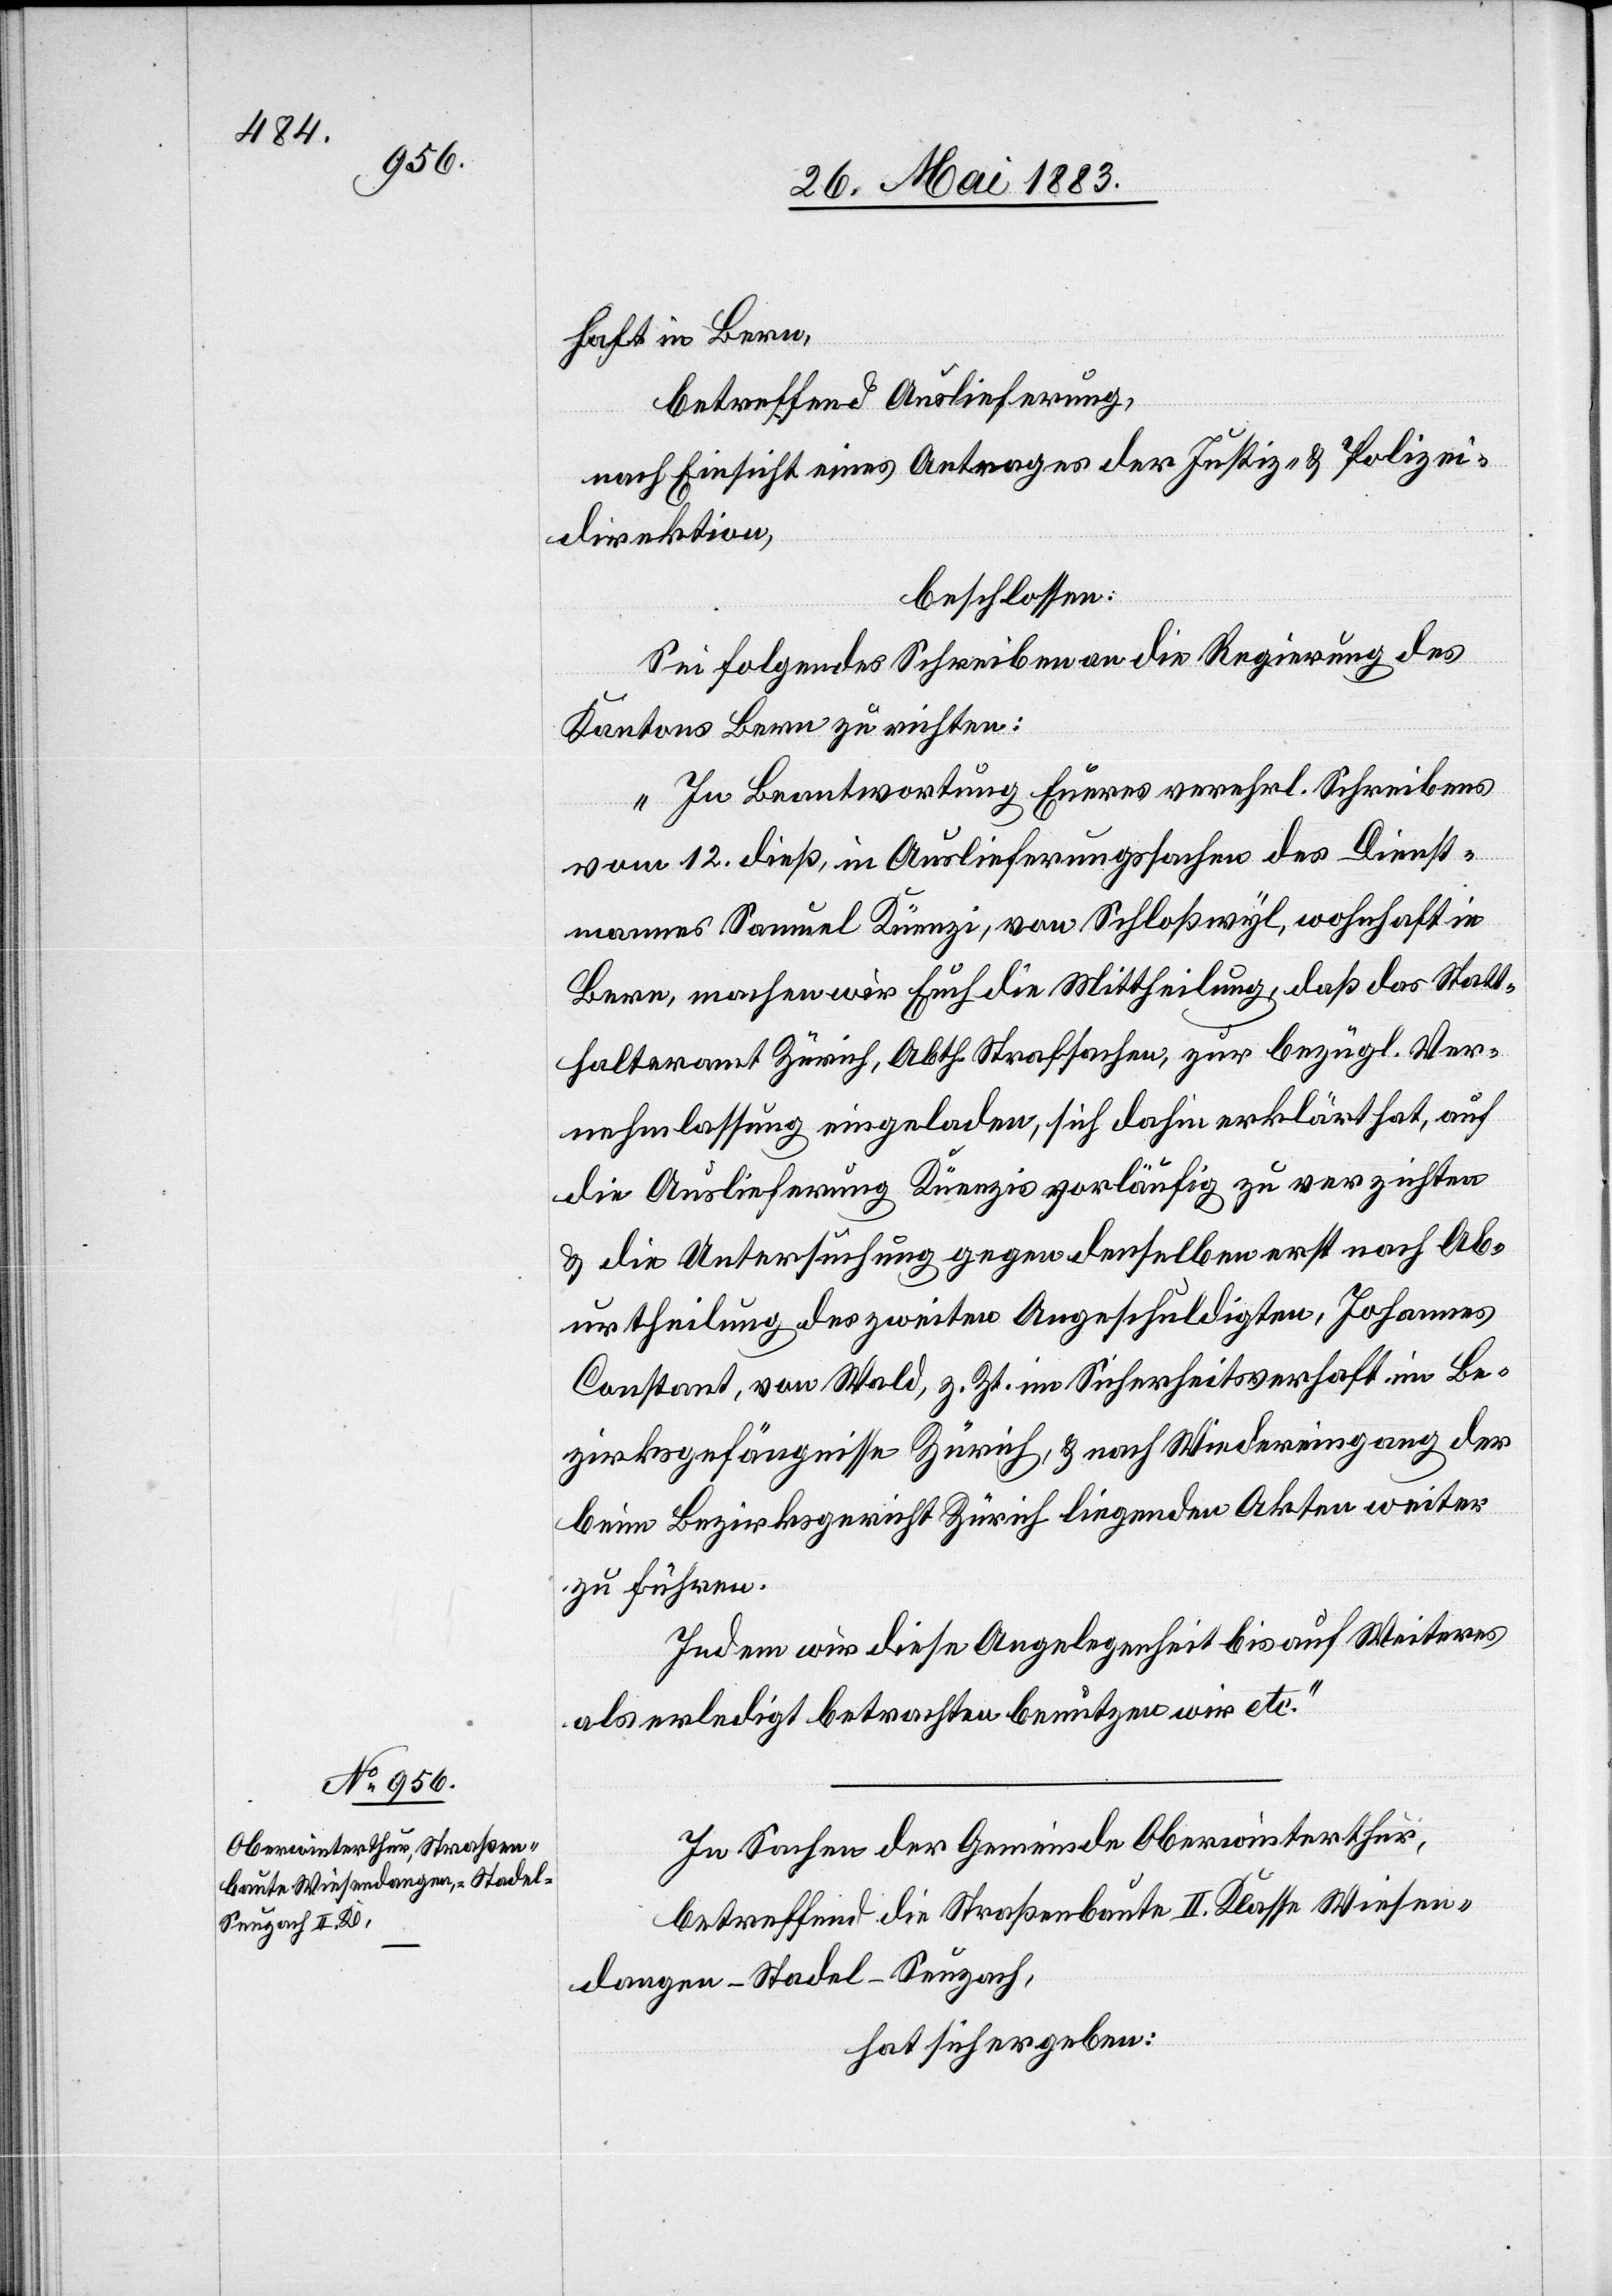
haft in Bern,
betreffend Auslieferung,
nach Einsicht eines Antrages der Justiz- & Polizei¬
direktion,
beschlossen:
Sei folgendes Schreiben an die Regierung des
Kantons Bern zu richten:
„In Beantwortung Eueres verehrl. Schreibens
vom 12. dieß, in Auslieferungssachen des Dienst¬
mannes Samuel Künzi, von Schloßwyl, wohnhaft in
Bern, machen wir Euch die Mittheilung, daß das Statt¬
halteramt Zürich, Abth. Strafsachen, zur bezügl. Ver¬
nehmlassung eingeladen, sich dahin erklärt hat, auf
die Auslieferung Künzis vorläufig zu verzichten
& die Untersuchung gegen denselben erst nach Ab¬
urtheilung des zweiten Angeschuldigten, Johannes
Constant, von Wald, z. Zt. im Sicherheitsverhaft im Be¬
zirksgefängnisse [sic!] Zürich, & nach Wiedereingang der
beim Bezirksgericht Zürich liegenden Akten weiter
zu führen.
Indem wir diese Angelegenheit bis auf Weiteres
als erledigt betrachten benützen wir etc.“
In Sachen der Gemeinde Oberwinterthur,
betreffend die Straßenbaute II. Klasse Wiesen¬
dangen–Stadel–Seuzach,
hat sich ergeben: